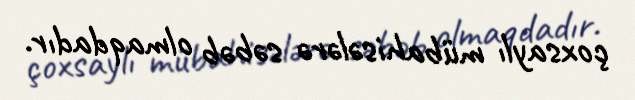
çoxsaylı mübahisələrə səbəb olmaqdadır.